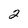
Character: 2